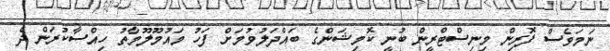
ނަމަވެސް ފޮރިން މިނިސްޓްރީން ބުނީ ކޮމިޝަންގެ ބައްދަލުވުމަށް ފަހު މައުމޫލޫމާތު ހިއްސާކުރަން ދެ